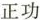
正功